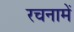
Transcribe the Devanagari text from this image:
रचनामें